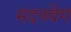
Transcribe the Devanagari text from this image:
मदनवेग